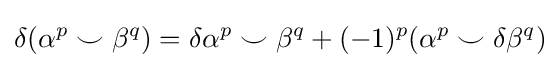
\delta (\alpha ^{p}\smile \beta ^{q})=\delta {\alpha ^{p}}\smile \beta ^{q}+(-1)^{p}(\alpha ^{p}\smile \delta {\beta ^{q}})